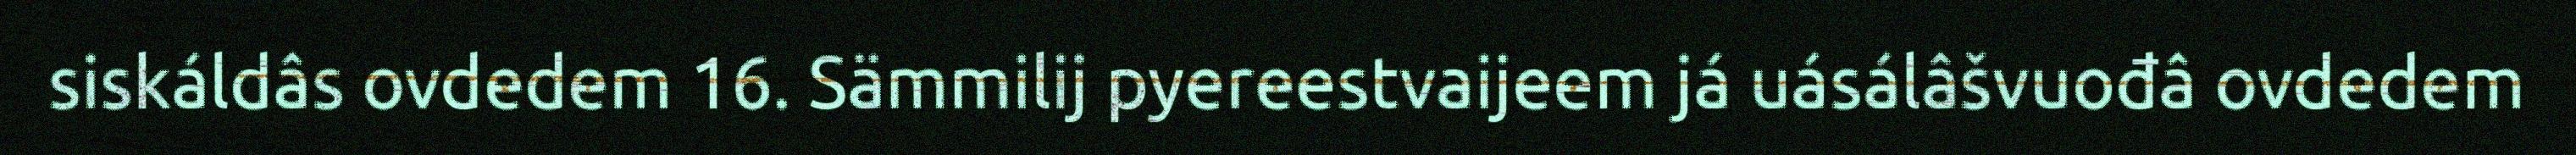
siskáldâs ovdedem 16. Sämmilij pyereestvaijeem já uásálâšvuođâ ovdedem